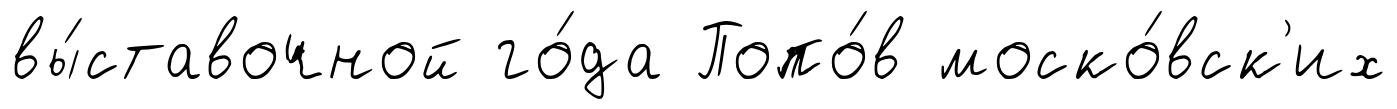
вы́ставочной го́да Попо́в моско́вск'их